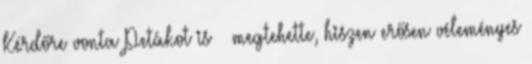
Kérdőre von­ta Petákot is – megtehette, hiszen erősen véleményes